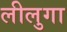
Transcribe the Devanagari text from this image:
लीलुगा